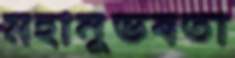
মহানুভবতা